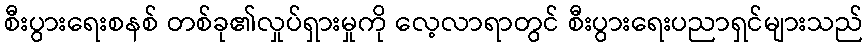
စီးပွားရေးစနစ် တစ်ခု၏လှုပ်ရှားမှုကို လေ့လာရာတွင် စီးပွားရေးပညာရှင်များသည်